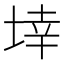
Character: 𭎬